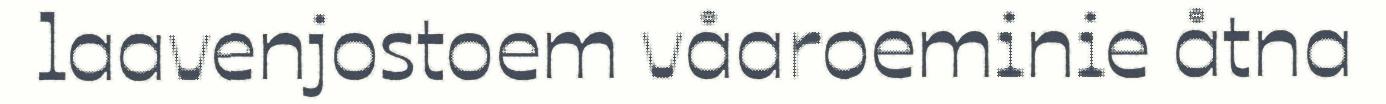
laavenjostoem våaroeminie åtna